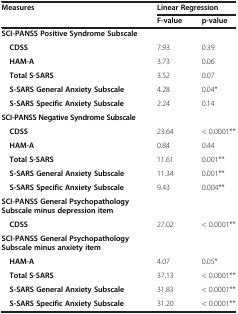
<table><thead><tr><td rowspan="2"><b>Measures</b></td><td colspan="2"><b>Linear Regression</b></td></tr><tr><td><b>F-value</b></td><td><b>p-value</b></td></tr></thead><tbody><tr><td><b>SCI-PANSS Positive Syndrome Subscale</b></td><td> </td><td> </td></tr><tr><td><b> CDSS</b></td><td>7.93</td><td>0.39</td></tr><tr><td><b> HAM-A</b></td><td>3.73</td><td>0.06</td></tr><tr><td><b> Total S-SARS</b></td><td>3.52</td><td>0.07</td></tr><tr><td><b> S-SARS General Anxiety Subscale</b></td><td>4.28</td><td>0.04*</td></tr><tr><td><b> S-SARS Specific Anxiety Subscale</b></td><td>2.24</td><td>0.14</td></tr><tr><td><b>SCI-PANSS Negative Syndrome Subscale</b></td><td> </td><td> </td></tr><tr><td><b> CDSS</b></td><td>23.64</td><td>&lt; 0.0001**</td></tr><tr><td> </td><td><b> HAM-A</b></td><td>0.84</td><td>0.44</td></tr><tr><td> </td><td><b> Total S-SARS</b></td><td>11.61</td><td>0.001**</td></tr><tr><td> </td><td><b> S-SARS General Anxiety Subscale</b></td><td>11.34</td><td>0.001**</td></tr><tr><td> </td><td><b> S-SARS Specific Anxiety Subscale</b></td><td>9.43</td><td>0.004**</td></tr><tr><td><b>SCI-PANSS General Psychopathology Subscale minus depression item</b></td><td> </td><td> </td><td> </td></tr><tr><td><b> CDSS</b></td><td>27.02</td><td>&lt; 0.0001**</td><td> </td></tr><tr><td><b>SCI-PANSS General Psychopathology Subscale minus anxiety item</b></td><td> </td><td> </td><td> </td></tr><tr><td><b> HAM-A</b></td><td>4.07</td><td>0.05*</td><td> </td></tr><tr><td><b> Total S-SARS</b></td><td>37.13</td><td>&lt; 0.0001**</td><td> </td></tr><tr><td><b> S-SARS General Anxiety Subscale</b></td><td>31.83</td><td>&lt; 0.0001**</td><td> </td></tr><tr><td><b> S-SARS Specific Anxiety Subscale</b></td><td>31.20</td><td>&lt; 0.0001**</td><td> </td></tr></tbody></table>